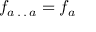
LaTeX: f _ { a \, . \, . \, a } = f _ { a }